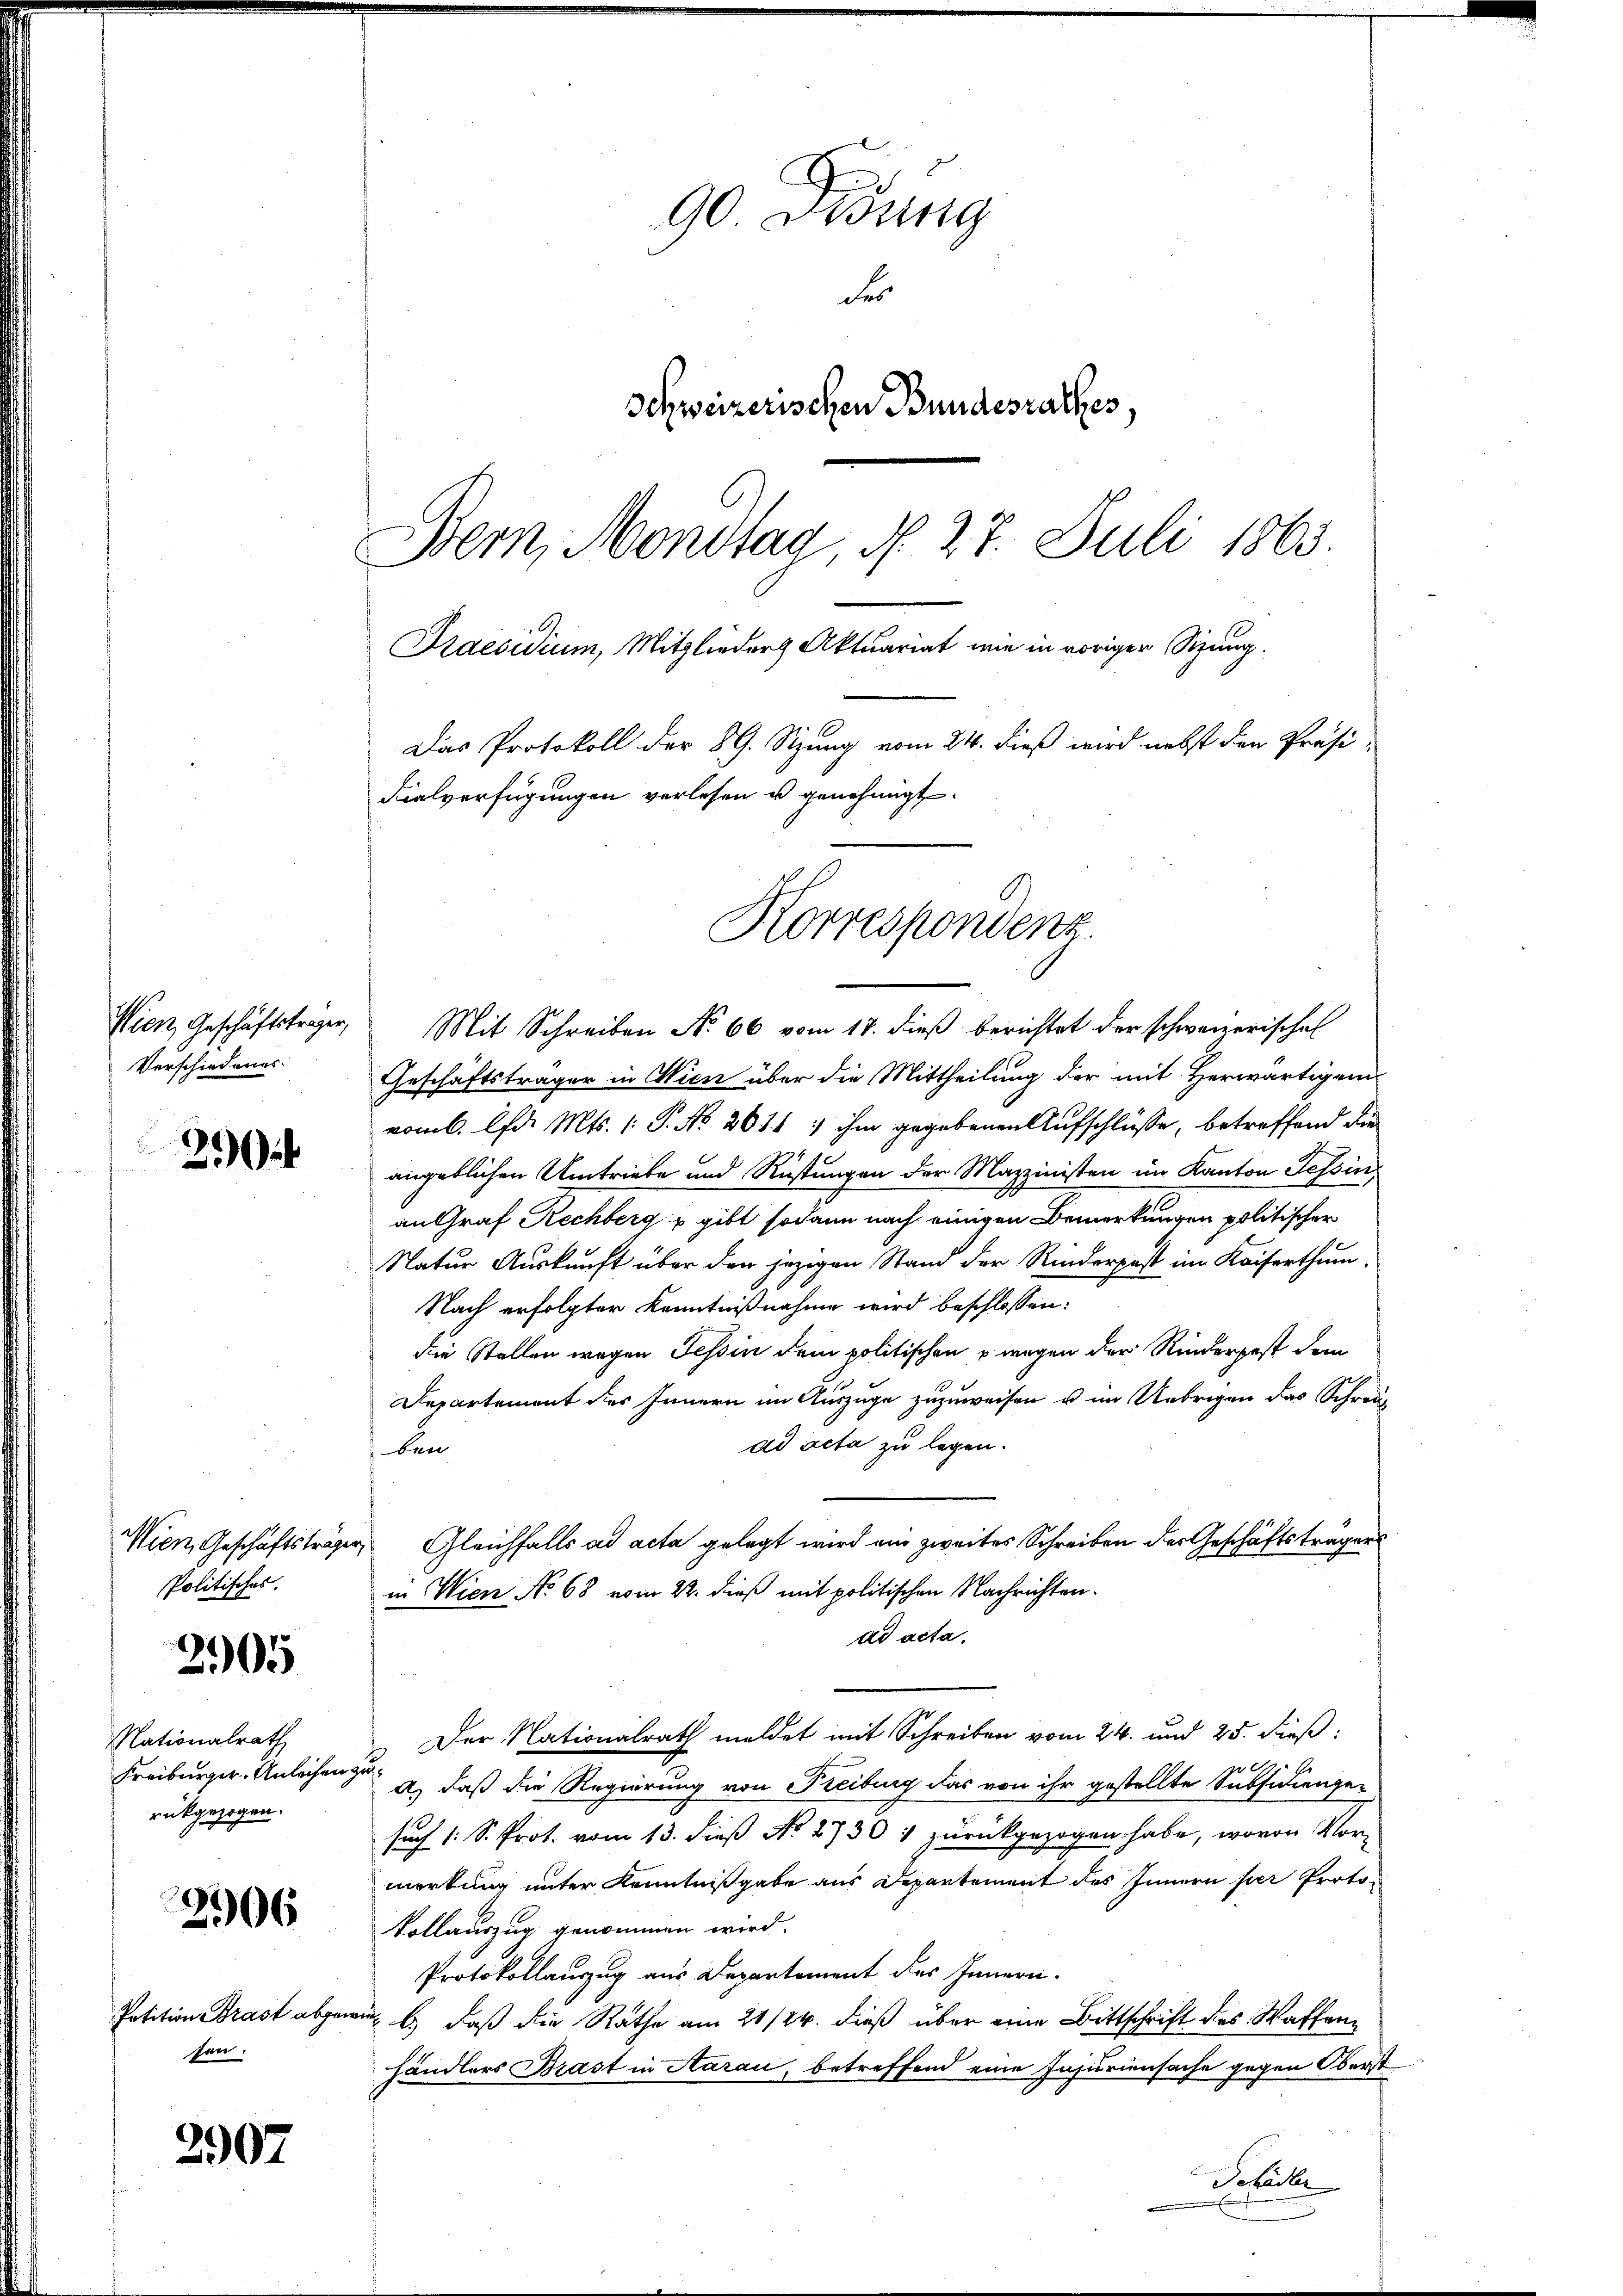
Verschiedenes.

2 ib

2905

Nationalrath
Freiburger Anleihen zu
rückgezogen.

2906

2907

Mien, Geschäftsträger,
Politisches.

fen.

Das Protokoll der 89. Sizung vom 24. dieß wird nebst den Präsi¬
Fialverfügungen verlesen u genehmigt.

90. Dessing
des
Schweizerischen Bundesrathes,
Bem, Mondtag, N. 27. Juli 1863.
Praesidium, Mitglieder Aktuariat nun in voriger Sitzung.

Wien, Geschäftstrager, Mit Schreiben No 66 vom 17. dieß berichtet der schweizerischen
Geschäftsträger in Wien über die Mittheilung der mit Herwärtigem
vom 6. d. Mts. (: P. No 2011 : ihm gegebenen Aufschlüsse, betreffend die
angeblichen Umtriebe und Rüstungen der Mazzinisten im Kanton Tessinan Graf Rechberg & gibt sodann nach einigen Bemerkungen politischer
Natur Auskunft über den jezigen Stand der Rinderpost im Kaiserthum
Nach erfolgter Kenntnißnahme wird beschlossen:
die Stellen wegen Tessin dem politischen wegen der Rinderpest dem
Departement des Innern im Auszuge zuzuweisen u im Uebrigen das Schreiad acta zu legen.
bri
Gleichfalls ad acta gelegt wird ein zweites Schreiben des Geschäftsträgers
in Wien No 68 vom 22. dieß mit politischen Nachrichten.
ad acta.
Der Nationalrath meldet mit Schreiben vom 24. und 25. dieß:
 x
a) daß die Regierung von Freiburg das von ihr gestellte Subsichengesuch 1 S. Prot. vom 13. dieß No. 2730 1 zurückgezogen habe, wovon Vor-
morkung unter Kenntnißgabe aus Departement des Innern per Proto-
Vollauszug genommen wird.
Protokollauszug aus Departement des Innern.
Petition Brast abgewieses daß die Rathe am 21/24. dieß über eine Bittschrift des Waffenhändlers Brast in Aarau, betreffend eine Insuriensache gegen Oberst
Sofacker

Korrespondenz.